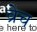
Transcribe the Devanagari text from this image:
व्रेच